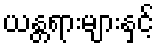
ယန္တရားများနှင့်